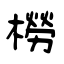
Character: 橯